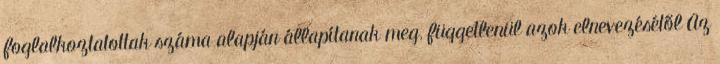
foglalkoztatottak száma alapján állapítanak meg, függetlenül azok elnevezésétől Az